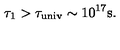
\tau _ { 1 } > \tau _ { \mathrm { u n i v } } \sim 1 0 ^ { 1 7 } \mathrm { s } .